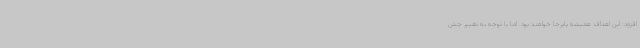
افزود: این اهداف همیشه پابرجا خواهند بود. اما با توجه به تغییر چش